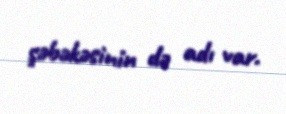
şəbəkəsinin də adı var.